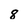
Character: 8